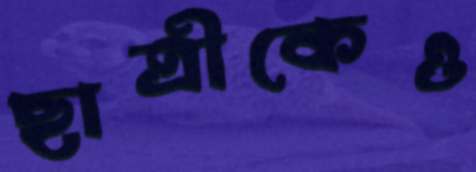
ছাত্রীকেও